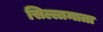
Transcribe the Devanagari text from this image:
सिल्लामाता